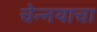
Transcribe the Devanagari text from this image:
चेन्नयाचा